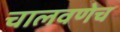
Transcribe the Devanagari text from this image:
चालवणेच